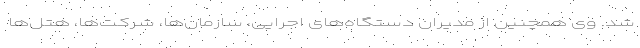
شد. وی همچنین از مدیران دستگاه‌های اجرایی، سازمان‌ها، شرکت‌ها، هتل‌ها